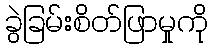
ခွဲခြမ်းစိတ်ဖြာမှုကို